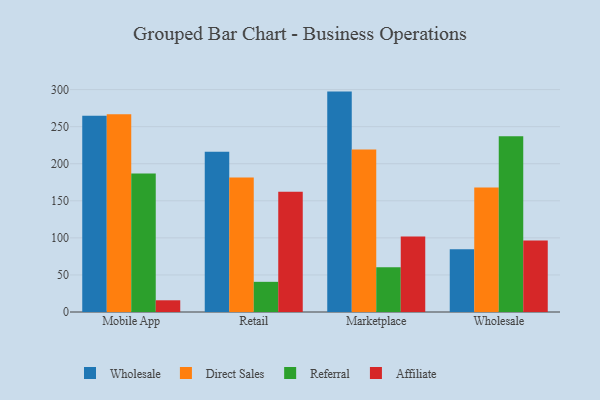
{"axis": {"x": "Channel", "y": "Temperature (°C)"}, "legend": ["Affiliate", "Direct Sales", "Referral", "Wholesale"], "data": [{"x": "Mobile App", "y": 264.7, "type": "Wholesale"}, {"x": "Mobile App", "y": 266.7, "type": "Direct Sales"}, {"x": "Mobile App", "y": 186.9, "type": "Referral"}, {"x": "Mobile App", "y": 15.8, "type": "Affiliate"}, {"x": "Retail", "y": 216.0, "type": "Wholesale"}, {"x": "Retail", "y": 181.3, "type": "Direct Sales"}, {"x": "Retail", "y": 40.7, "type": "Referral"}, {"x": "Retail", "y": 162.3, "type": "Affiliate"}, {"x": "Marketplace", "y": 297.3, "type": "Wholesale"}, {"x": "Marketplace", "y": 219.1, "type": "Direct Sales"}, {"x": "Marketplace", "y": 60.3, "type": "Referral"}, {"x": "Marketplace", "y": 101.7, "type": "Affiliate"}, {"x": "Wholesale", "y": 84.6, "type": "Wholesale"}, {"x": "Wholesale", "y": 167.9, "type": "Direct Sales"}, {"x": "Wholesale", "y": 237.1, "type": "Referral"}, {"x": "Wholesale", "y": 96.3, "type": "Affiliate"}]}